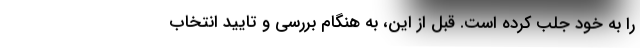
را به خود جلب کرده است. قبل از این، به هنگام بررسی و تایید انتخاب